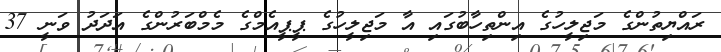
ރައްޔިތުންގެ މަޖިލީހުގެ އިންތިހާބުގައި އާ މަޖިލީހުގެ ޕީޕީއެމްގެ މެމްބަރުންގެ އަދަދު ވަނީ 37